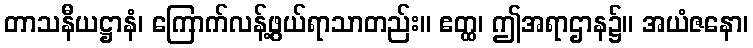
တာသနီယဋ္ဌာနံ၊ ကြောက်လန့်ဖွယ်ရာသာတည်း။ ဧတ္ထ၊ ဤအရာဌာန၌။ အယံဇနော၊